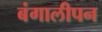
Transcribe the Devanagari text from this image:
बंगालीपन